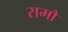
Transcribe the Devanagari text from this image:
रामौ